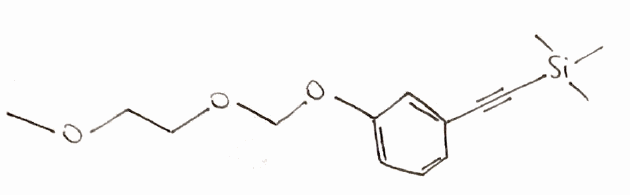
Simplified molecular-input line-entry system (SMILES) notation of the given molecule:
COCCOCOC1=CC=CC(=C1)C#C[Si](C)(C)C